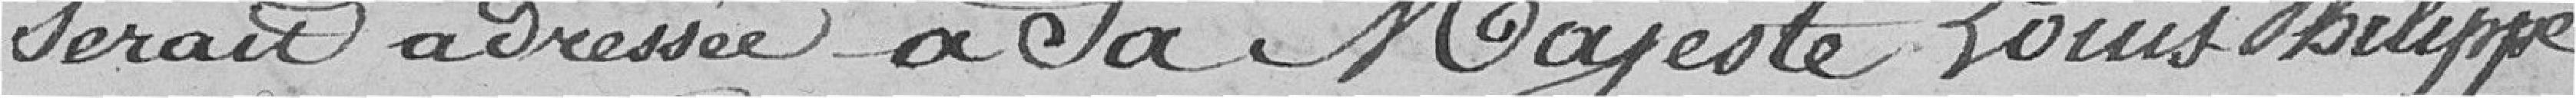
serait adressée à sa majesté Louis-Philippe